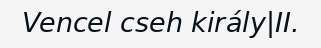
Vencel cseh király|II.